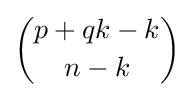
{\binom {p+qk-k}{n-k}}